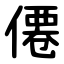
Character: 僊